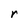
Character: r